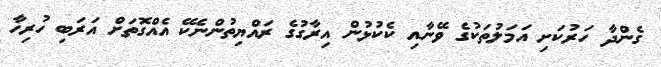
ގެންދާ ހަރުކަށި އަމަލުތަކުގެ ވޭނާއި ކެކުޅުން އިރާގުގެ ރައްޔިތުންނެކޭ އެއްގޮތަށް އަރަބި ހުރިހާ